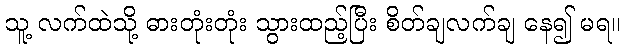
သူ့ လက်ထဲသို့ ဓားတုံးတုံး သွားထည့်ပြီး စိတ်ချလက်ချ နေ၍ မရ။